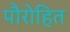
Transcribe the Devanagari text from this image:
पौरोहित